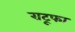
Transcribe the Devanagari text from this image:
राटूफा